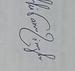
Signature authenticity: genuine